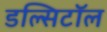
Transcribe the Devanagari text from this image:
डल्सिटॉल